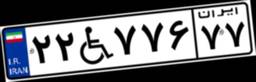
۲۳W۲۰۲۹۸